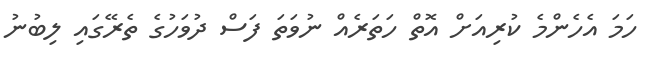
ހަމަ އެހެންމެ ކުރިއަށް އޮތް ހަތަރެއް ނުވަތަ ފަސް ދުވަހުގެ ތެރޭގައި ލިބުނު